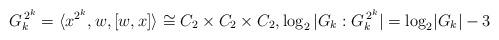
LaTeX: \begin{align*}G_k^{\, 2^k} =\langle x^{2^k}, w, [w,x]\rangle \cong C_2 \times C_2\times C_2, \log_2 \vert G_k : G_k^{\, 2^k} \rvert = \log_2\lvert G_k \rvert - 3\end{align*}